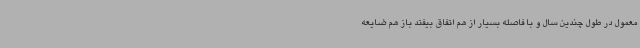
معمول در طول چندین سال و با فاصله بسیار از هم اتفاق بیفتد باز هم ضایعه